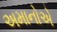
અમાનોએ